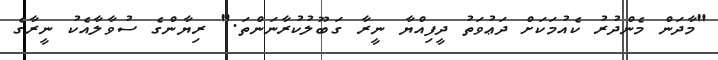
"މާދަން މެންދުރު ކެއުމަކަށް ދަޢުވަތު ދީފިއްޔާ ނީރާ ގަބޫލުކުރާނަންތަ." ރިޔާންގެ ސުވާލާއެކު ނީރާގެ